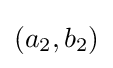
(a_{2},b_{2})